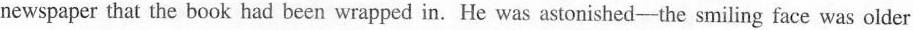
newspaper that the book had been wrapped in. He was astonished-the smiling face was older